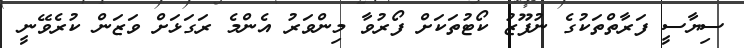
ސިޔާސީ ފަރާތްތަކުގެ ނުފޫޒު ކޯޓުތަކަށް ފޯރުވާ މިންވަރު އެންމެ ރަގަޅަށް ވަޒަން ކުރެވޭނީ